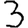
Digit: 3